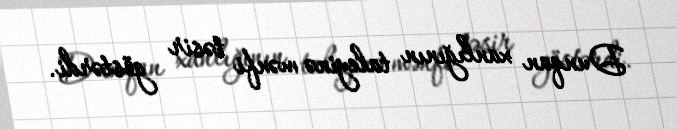
Dunqan xanlığının taleyinə mənfi təsir göstərdi.